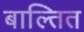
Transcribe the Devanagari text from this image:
बाल्तित